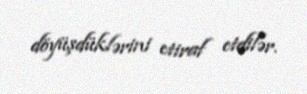
döyüşdüklərini etiraf etdilər.